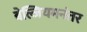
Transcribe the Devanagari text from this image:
बेल्जियमनंतर